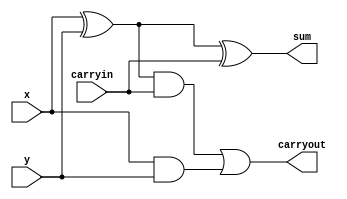
module onebitadder(x,y,sum,carryout,carryin);
input x,y,carryin;
output sum,carryout;

xor XOR1(p,x,y);
xor XOR2(sum,p,carryin);

and ANDp(q,p,carryin);
and ANDxy(r,x,y);
or ORing(carryout,q,r);

endmodule

module thirtytwobitadder(a,b,carryout,s,carryin);

input carryin;
input [31:0] a, b;
output carryout;
output [31:0] s;

onebitadder adder0(a[0],b[0],s[0],c1,carryin);
onebitadder adder1(a[1],b[1],s[1],c2,c1);
onebitadder adder2(a[2],b[2],s[2],c3,c2);
onebitadder adder3(a[3],b[3],s[3],c4,c3);
onebitadder adder4(a[4],b[4],s[4],c5,c4);
onebitadder adder5(a[5],b[5],s[5],c6,c5);
onebitadder adder6(a[6],b[6],s[6],c7,c6);
onebitadder adder7(a[7],b[7],s[7],c8,c7);
onebitadder adder8(a[8],b[8],s[8],c9,c8);
onebitadder adder9(a[9],b[9],s[9],c10,c9);
onebitadder adder10(a[10],b[10],s[10],c11,c10);
onebitadder adder11(a[11],b[11],s[11],c12,c11);
onebitadder adder12(a[12],b[12],s[12],c13,c12);
onebitadder adder13(a[13],b[13],s[13],c14,c13);
onebitadder adder14(a[14],b[14],s[14],c15,c14);
onebitadder adder15(a[15],b[15],s[15],c16,c15);
onebitadder adder16(a[16],b[16],s[16],c17,c16);
onebitadder adder17(a[17],b[17],s[17],c18,c17);
onebitadder adder18(a[18],b[18],s[18],c19,c18);
onebitadder adder19(a[19],b[19],s[19],c20,c19);
onebitadder adder20(a[20],b[20],s[20],c21,c20);
onebitadder adder21(a[21],b[21],s[21],c22,c21);
onebitadder adder22(a[22],b[22],s[22],c23,c22);
onebitadder adder23(a[23],b[23],s[23],c24,c23);
onebitadder adder24(a[24],b[24],s[24],c25,c24);
onebitadder adder25(a[25],b[25],s[25],c26,c25);
onebitadder adder26(a[26],b[26],s[26],c27,c26);
onebitadder adder27(a[27],b[27],s[27],c28,c27);
onebitadder adder28(a[28],b[28],s[28],c29,c28);
onebitadder adder29(a[29],b[29],s[29],c30,c29);
onebitadder adder30(a[30],b[30],s[30],c31,c30);
onebitadder adder31(a[31],b[31],s[31],carryout,c31);

endmodule

module thirtytwobitsubtractor(a,b,carryout,s,carryin); //a-b
input [31:0] a,b;
output [31:0] s;
input carryin;
output carryout;
wire [31:0] m;

xor X0(m[0],b[0],1);
xor X1(m[1],b[1],1);
xor X2(m[2],b[2],1);
xor X3(m[3],b[3],1);
xor X4(m[4],b[4],1);
xor X5(m[5],b[5],1);
xor X6(m[6],b[6],1);
xor X7(m[7],b[7],1);
xor X8(m[8],b[8],1);
xor X9(m[9],b[9],1);
xor X10(m[10],b[10],1);
xor X11(m[11],b[11],1);
xor X12(m[12],b[12],1);
xor X13(m[13],b[13],1);
xor X14(m[14],b[14],1);
xor X15(m[15],b[15],1);
xor X16(m[16],b[16],1);
xor X17(m[17],b[17],1);
xor X18(m[18],b[18],1);
xor X19(m[19],b[19],1);
xor X20(m[20],b[20],1);
xor X21(m[21],b[21],1);
xor X22(m[22],b[22],1);
xor X23(m[23],b[23],1);
xor X24(m[24],b[24],1);
xor X25(m[25],b[25],1);
xor X26(m[26],b[26],1);
xor X27(m[27],b[27],1);
xor X28(m[28],b[28],1);
xor X29(m[29],b[29],1);
xor X30(m[30],b[30],1);
xor X31(m[31],b[31],1);


endmodule